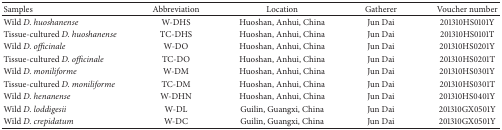
<table><thead><tr><td><b>Samples </b></td><td><b>Abbreviation</b></td><td><b>Location</b></td><td><b>Gatherer</b></td><td><b>Voucher number </b></td></tr></thead><tbody><tr><td>Wild <i>D. huoshanense</i></td><td>W-DHS</td><td>Huoshan, Anhui, China</td><td>Jun Dai</td><td>201310HS0101Y</td></tr><tr><td>Tissue-cultured <i>D. huoshanense</i></td><td>TC-DHS</td><td>Huoshan, Anhui, China</td><td>Jun Dai</td><td>201310HS0101T</td></tr><tr><td>Wild <i>D. officinale</i></td><td>W-DO</td><td>Huoshan, Anhui, China</td><td>Jun Dai</td><td>201310HS0201Y</td></tr><tr><td>Tissue-cultured <i>D. officinale</i></td><td>TC-DO</td><td>Huoshan, Anhui, China</td><td>Jun Dai</td><td>201310HS0201T</td></tr><tr><td>Wild <i>D. moniliforme</i></td><td>W-DM</td><td>Huoshan, Anhui, China</td><td>Jun Dai</td><td>201310HS0301Y</td></tr><tr><td>Tissue-cultured <i>D. moniliforme</i></td><td>TC-DM</td><td>Huoshan, Anhui, China</td><td>Jun Dai</td><td>201310HS0301T</td></tr><tr><td>Wild <i>D. henanense</i></td><td>W-DHN</td><td>Huoshan, Anhui, China</td><td>Jun Dai</td><td>201310HS0401Y</td></tr><tr><td>Wild <i>D. loddigesii</i></td><td>W-DL</td><td>Guilin, Guangxi, China</td><td>Jun Dai</td><td>201310GX0501Y</td></tr><tr><td>Wild <i>D. crepidatum</i></td><td>W-DC</td><td>Guilin, Guangxi, China</td><td>Jun Dai</td><td>201310GX0501Y</td></tr></tbody></table>